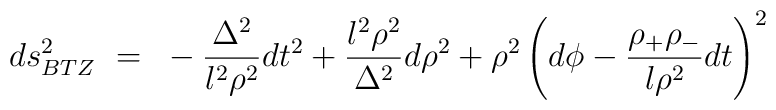
ds^2_{BTZ}~=~-\frac{\Delta^2}{ l^2 \rho^2} dt^2 + \frac{l^2\rho^2}{\Delta^2}d\rho^2 + \rho^2 \left(d\phi - \frac{\rho_+ \rho_-}{l \rho^2} dt\right)^2